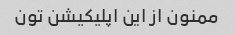
ممنون از این اپلیکیشن تون